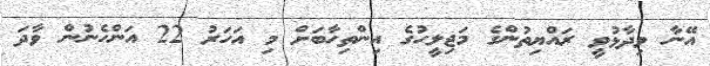
އޭނާ ވިދާޅުވީ ރައްޔިތުންގެ މަޖިލީހުގެ އިންތިހާބަށް މި އަހަރު 22 އަންހެނުން ވާދަ